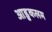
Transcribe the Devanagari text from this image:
आड़ुकलम